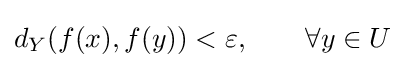
d_{Y}(f(x),f(y))<\varepsilon ,\qquad \forall y\in U